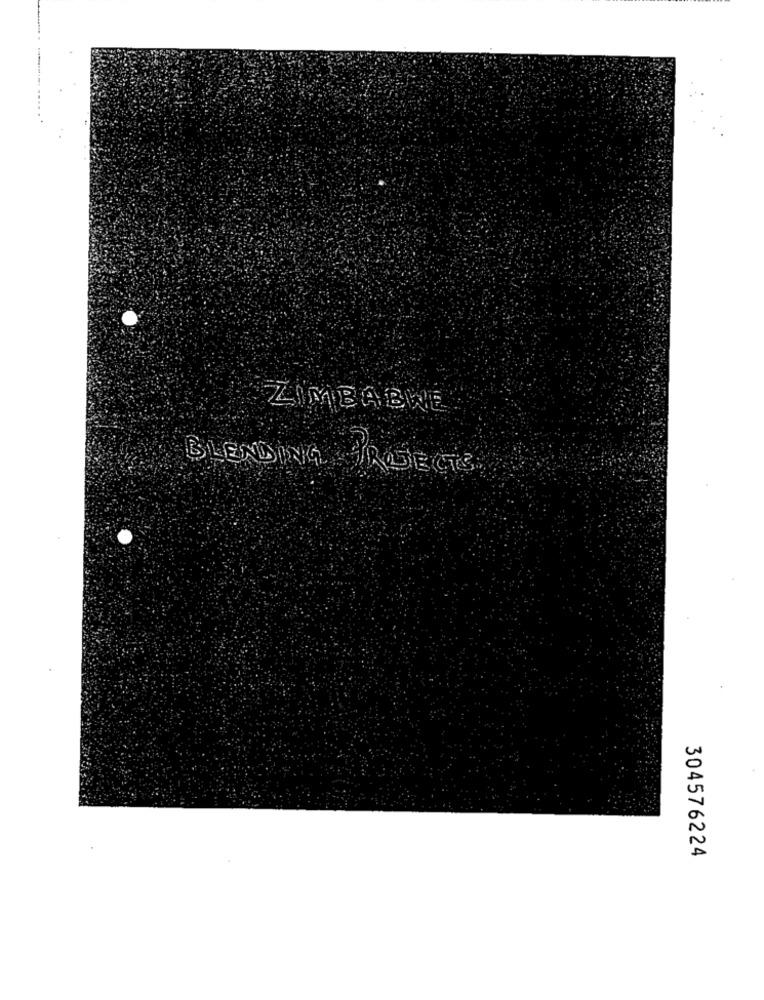
ZIMBABKE
BLENDING PROTECTS
304576224